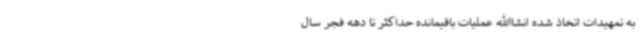
به تمهیدات اتخاذ شده انشاالله عملیات باقیمانده حداکثر تا دهه فجر سال